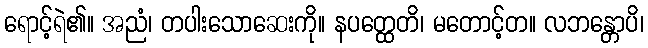
ရောင့်ရဲ၏။ အညံ၊ တပါးသောဆေးကို။ နပတ္ထေတိ၊ မတောင့်တ။ လဘန္တောပိ၊